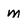
Character: m